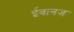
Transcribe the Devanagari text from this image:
ईवानज